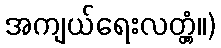
အကျယ်ရေးလတ္တံ့။)